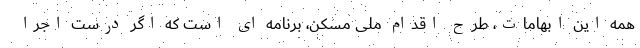
همه این ابهامات، طرح اقدام ملی مسکن، برنامه ای است که اگر درست اجرا